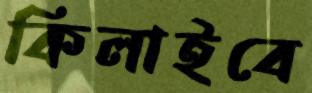
কিলাইবে